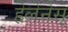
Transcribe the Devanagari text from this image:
हेलेनेस्